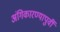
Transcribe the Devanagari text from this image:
अंगिकारण्यापुर्वी